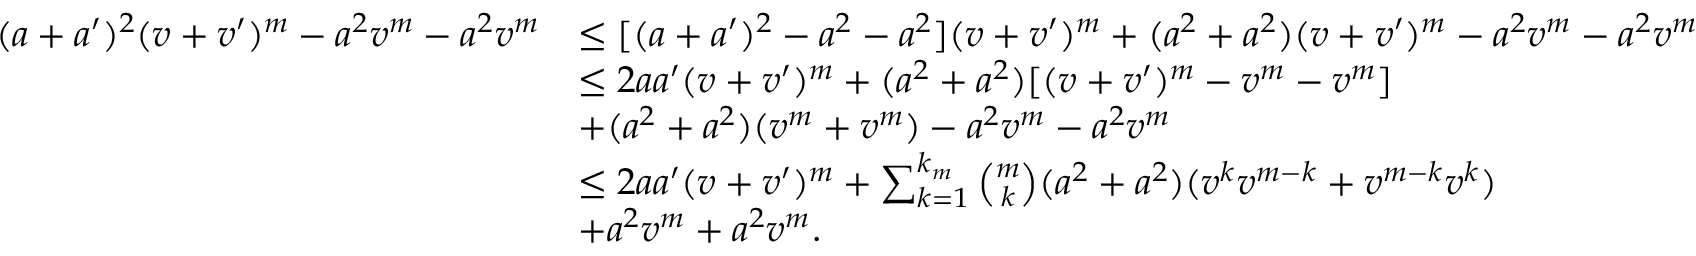
\begin{array} { r l } { ( a + a ^ { \prime } ) ^ { 2 } ( v + v ^ { \prime } ) ^ { m } - a ^ { 2 } v ^ { m } - a ^ { 2 } v ^ { m } } & { \leq [ ( a + a ^ { \prime } ) ^ { 2 } - a ^ { 2 } - a ^ { 2 } ] ( v + v ^ { \prime } ) ^ { m } + ( a ^ { 2 } + a ^ { 2 } ) ( v + v ^ { \prime } ) ^ { m } - a ^ { 2 } v ^ { m } - a ^ { 2 } v ^ { m } } \\ & { \leq 2 a a ^ { \prime } ( v + v ^ { \prime } ) ^ { m } + ( a ^ { 2 } + a ^ { 2 } ) [ ( v + v ^ { \prime } ) ^ { m } - v ^ { m } - v ^ { m } ] } \\ & { + ( a ^ { 2 } + a ^ { 2 } ) ( v ^ { m } + v ^ { m } ) - a ^ { 2 } v ^ { m } - a ^ { 2 } v ^ { m } } \\ & { \leq 2 a a ^ { \prime } ( v + v ^ { \prime } ) ^ { m } + \sum _ { k = 1 } ^ { k _ { m } } \binom { m } { k } ( a ^ { 2 } + a ^ { 2 } ) ( v ^ { k } v ^ { m - k } + v ^ { m - k } v ^ { k } ) } \\ & { + a ^ { 2 } v ^ { m } + a ^ { 2 } v ^ { m } . } \end{array}